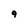
Character: 9